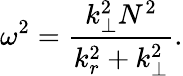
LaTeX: \omega^{2}=\frac{k_{\perp}^{2}N^{2}}{k_{r}^{2}+k_{\perp}^{2}}.